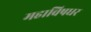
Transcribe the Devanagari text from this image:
महाविषधर